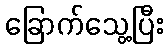
ခြောက်သွေ့ပြီး